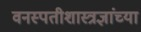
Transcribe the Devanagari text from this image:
वनस्पतीशास्त्रज्ञांच्या